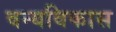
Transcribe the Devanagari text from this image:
वन्यविकास